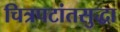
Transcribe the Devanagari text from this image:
चित्रपटांतसुद्धा